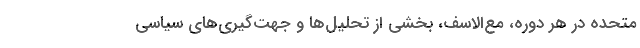
متحده در هر دوره، مع‌الاسف، بخشی از تحلیل‌ها و جهت‌گیری‌های سیاسی